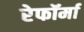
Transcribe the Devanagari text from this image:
रेफॉर्मा